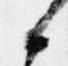
候